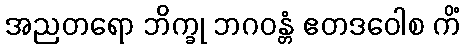
အညတရော ဘိက္ခု ဘဂဝန္တံ ဧတဒဝေါစ ကိံ